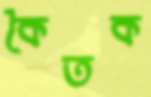
কৈতক